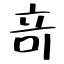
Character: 竒